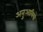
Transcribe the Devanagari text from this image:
अनुआयियो